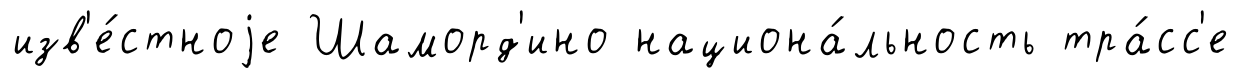
изв'е́стноjе Шаморд'ино национа́льность тра́сс'е